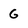
Character: G